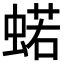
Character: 𧍗